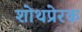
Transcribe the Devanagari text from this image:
शोथप्रेरक